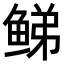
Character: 𬶕